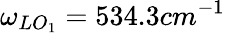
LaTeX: \omega_{LO_{1}}=534.3cm^{-1}